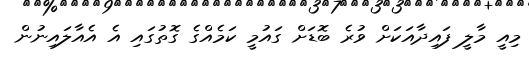
މިއީ މާލީ ފައިދާއަކަށް ވުރެ ބޮޑަށް ގައުމީ ކަމެއްގެ ގޮތުގައި އެ އެއާލައިނުން